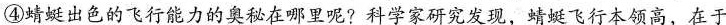
④蜻蜓出色的飞行能力的奥秘在哪里呢?科学家研究发现，蜻蜓飞行本领高，在于